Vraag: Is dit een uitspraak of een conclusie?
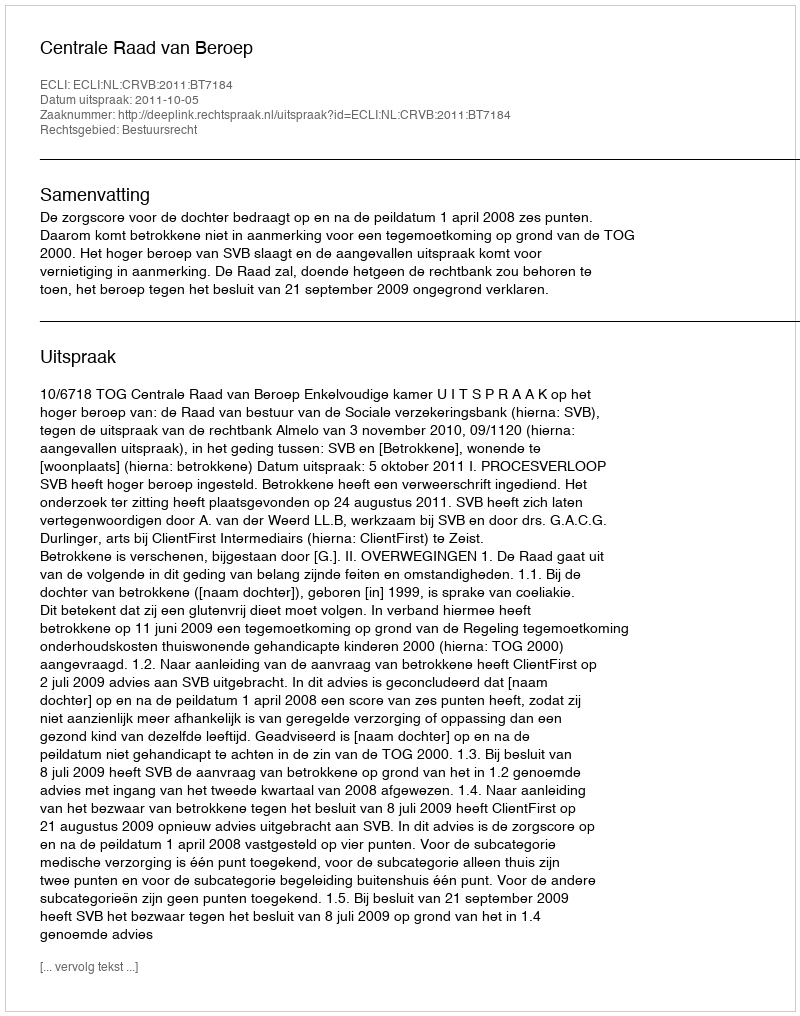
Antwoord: Uitspraak